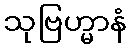
သုဗြဟ္မာနံ